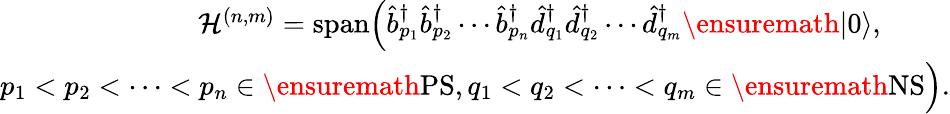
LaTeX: \begin{array}{r}{{\cal H}^{(n,m)}=\mathrm{span}\Bigl(\hat{b}_{p_{1}}^{\dagger}\hat{b}_{p_{2}}^{\dagger}\cdots\hat{b}_{p_{n}}^{\dagger}\hat{d}_{q_{1}}^{\dagger}\hat{d}_{q_{2}}^{\dagger}\cdots\hat{d}_{q_{m}}^{\dagger}\ensuremath{\vert 0\rangle},\phantom{xxxx}}\\ {p_{1}<p_{2}<\cdots<p_{n}\in\ensuremath{\mathrm{PS}},q_{1}<q_{2}<\cdots<q_{m}\in\ensuremath{\mathrm{NS}}\Bigl).}\end{array}